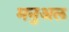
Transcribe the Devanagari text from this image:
मनुअल